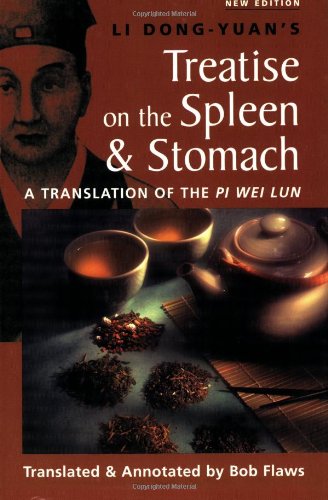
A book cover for The Treatise on the Spleen and Stomach: A Translation of the Pi Wei Lun; Li Dong-Yuan; Health, Fitness & Dieting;